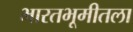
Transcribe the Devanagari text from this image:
भारतभूमीतला